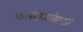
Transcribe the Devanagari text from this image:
फलंदाजांसाठी